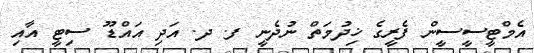
އެމްޓީސީސީން ފެރީގެ ޚިދުމަތް ނުދެނީ ފ. ދ. އަދި އައްޑޫ ސިޓީ އާއި